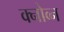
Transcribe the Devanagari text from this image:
क्नोव्न